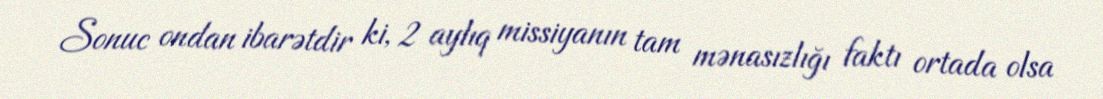
Sonuc ondan ibarətdir ki, 2 aylıq missiyanın tam mənasızlığı faktı ortada olsa